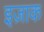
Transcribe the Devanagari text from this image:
इज़ाक